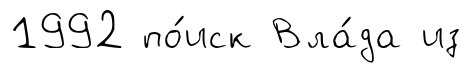
1992 по́иск Вла́да из